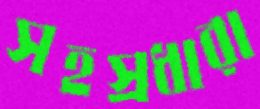
সহস্রধারা